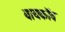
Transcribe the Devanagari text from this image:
बायकॉव